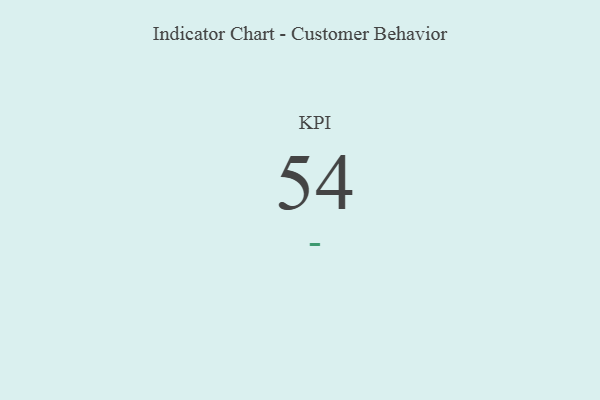
{"axis": {"x": "KPI", "y": "Value"}, "legend": [""], "data": [{"x": "KPI", "y": 54, "type": ""}]}